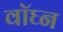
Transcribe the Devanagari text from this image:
वॉघ्न